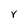
Character: r